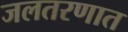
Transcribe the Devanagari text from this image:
जलतरणात